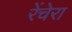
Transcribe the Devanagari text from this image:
रेंचेरा